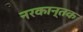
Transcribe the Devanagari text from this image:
नरकान्तक